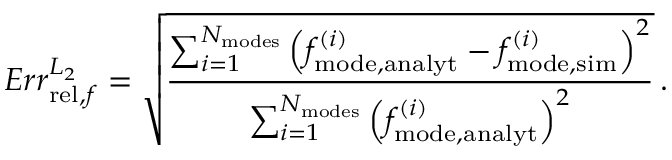
E r r _ { \mathrm { r e l } , f } ^ { L _ { 2 } } = \sqrt { \frac { \sum _ { i = 1 } ^ { N _ { \mathrm { m o d e s } } } \left( f _ { \mathrm { m o d e , a n a l y t } } ^ { ( i ) } - f _ { \mathrm { m o d e , s i m } } ^ { ( i ) } \right) ^ { 2 } } { \sum _ { i = 1 } ^ { N _ { \mathrm { m o d e s } } } \left( f _ { \mathrm { m o d e , a n a l y t } } ^ { ( i ) } \right) ^ { 2 } } } \, .